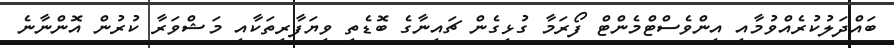
ބައްދަލުކުރެއްވުމާއި އިންވެސްޓްމެންޓް ފޯރަމާ ގުޅިގެން ޗައިނާގެ ބޮޑެތި ވިޔަފާރިތަކާއި މަޝްވަރާ ކުރުން އޮންނާނެ